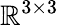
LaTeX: \mathbb{R}^{3\times 3}